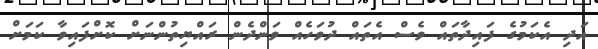
އަދި އެކަމުގެ ފައިދާތައް ވެސް އެތައް ދުވަހެއް ވަންދެން ރައްޔިތުންނަށް ކޮށްފައިވާ ކަމަށް